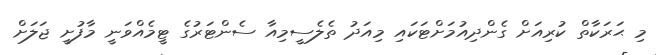
މި ޙަރަކާތް ކުރިއަށް ގެންދިއުމަށްޓަކައި މިއަދު ތެލެސީމިއާ ސެންޓަރުގެ ޓީމެއްވަނީ މާފުށީ ޖަލަށް